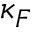
\kappa _ { F }